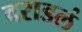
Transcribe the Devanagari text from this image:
वराडलं